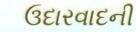
ઉદારવાદની